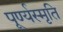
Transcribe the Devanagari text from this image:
पूर्ण्यस्मृति